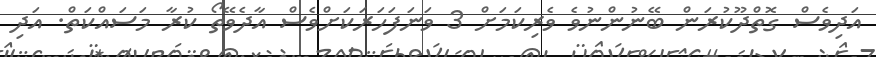
އަދިވެސް ގޮތްދޫކުރަން ބޭނުންނުވެ ވެރިކަމަށް 3 ވަނަފަހަރަކަށްވެސް އާދެވޭތޯ ކުރާ މަސައްކަތް. އަދި